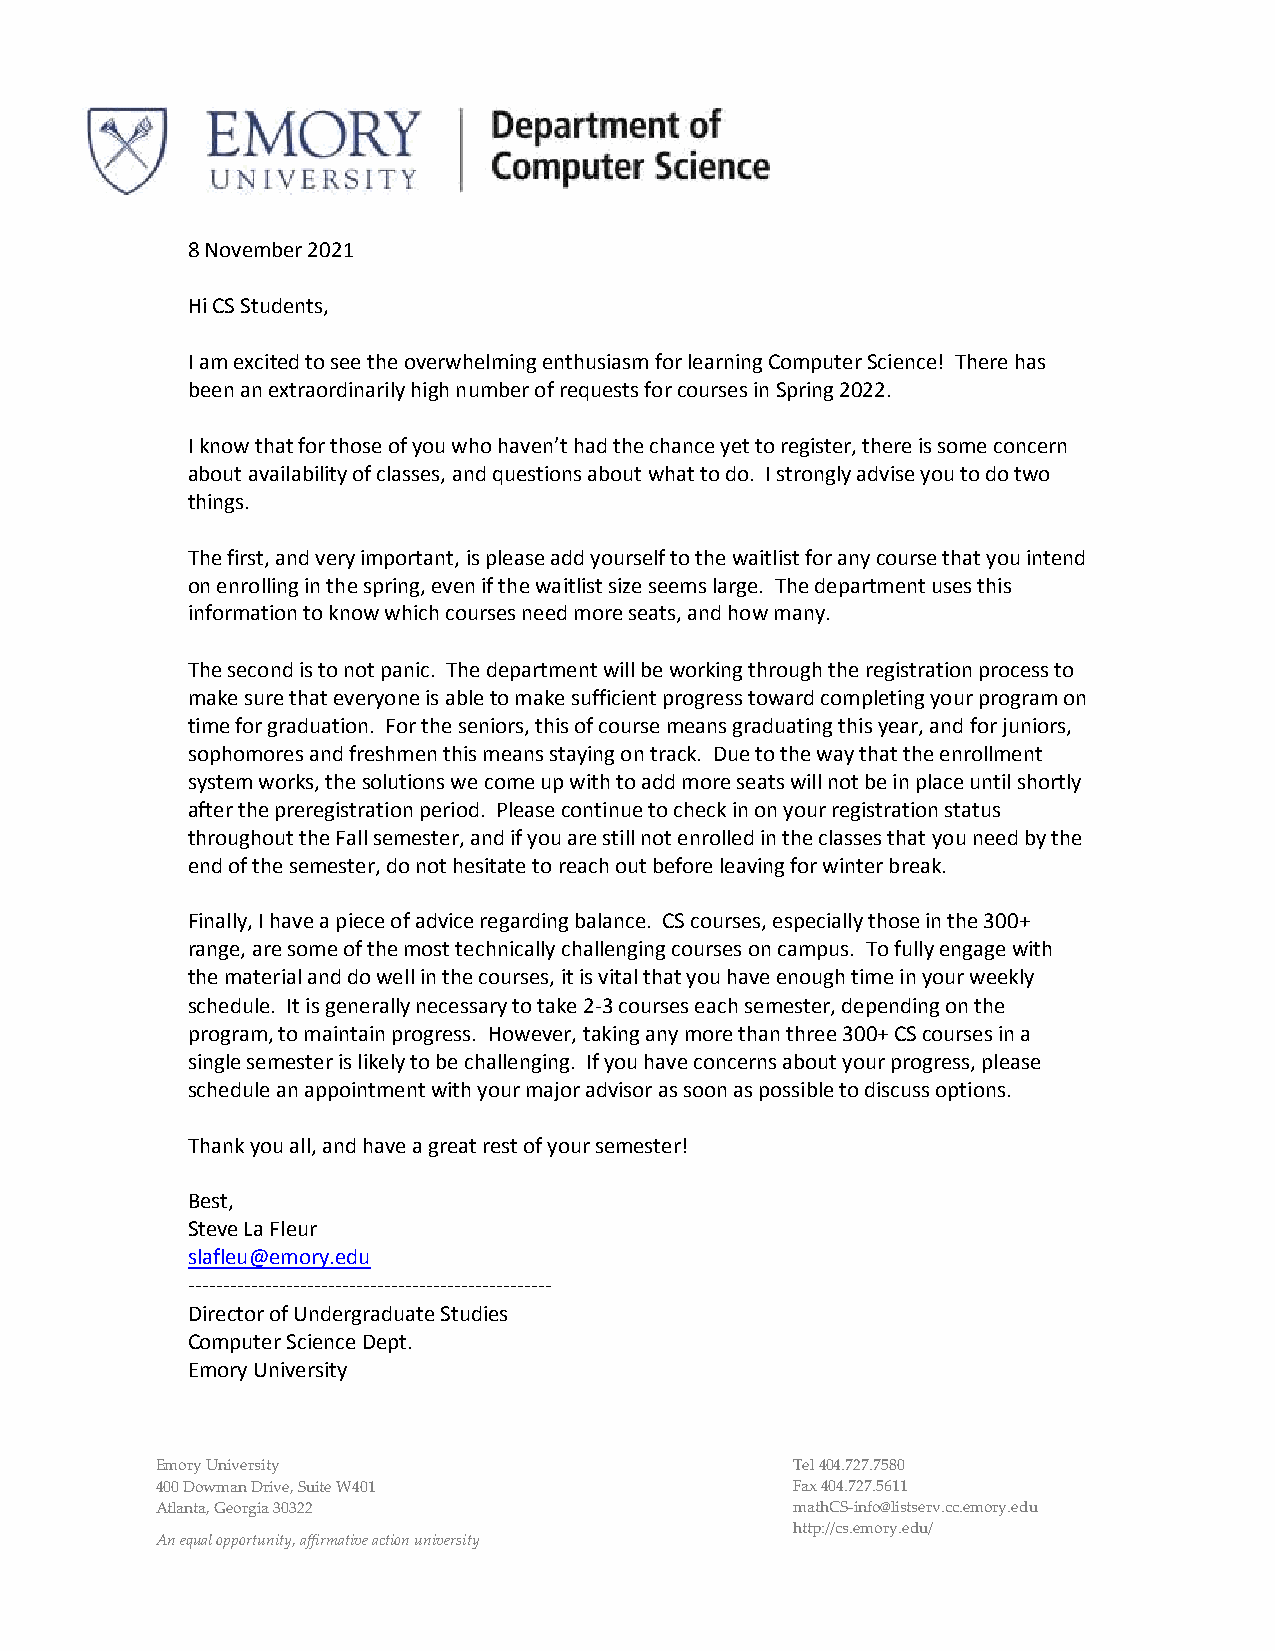
8 November 2021
 Hi CS Students,
 I am excited to see the overwhelming enthusiasm for learning Computer Science! There has
 been an extraordinarily high number of requests for courses in Spring 2022.
 I know that for those of you who haven’t had the chance yet to register, there is some concern
 about availability of classes, and questions about what to do. I strongly advise you to do two
 things.
 The first, and very important, is please add yourself to the waitlist for any course that you intend
 on enrolling in the spring, even if the waitlist size seems large. The department uses this
 information to know which courses need more seats, and how many.
 The second is to not panic. The department will be working through the registration process to
 make sure that everyone is able to make sufficient progress toward completing your program on
 time for graduation. For the seniors, this of course means graduating this year, and for juniors,
 sophomores and freshmen this means staying on track. Due to the way that the enrollment
 system works, the solutions we come up with to add more seats will not be in place until shortly
 after the preregistration period. Please continue to check in on your registration status
 throughout the Fall semester, and if you are still not enrolled in the classes that you need by the
 end of the semester, do not hesitate to reach out before leaving for winter break.
 Finally, I have a piece of advice regarding balance. CS courses, especially those in the 300+
 range, are some of the most technically challenging courses on campus. To fully engage with
 the material and do well in the courses, it is vital that you have enough time in your weekly
 schedule. It is generally necessary to take 2-3 courses each semester, depending on the
 program, to maintain progress. However, taking any more than three 300+ CS courses in a
 single semester is likely to be challenging. If you have concerns about your progress, please
 schedule an appointment with your major advisor as soon as possible to discuss options.
 Thank you all, and have a great rest of your semester!
 Best,
 Steve La Fleur
 slafleu@emory.edu
 ----------------------------------------------------
 Director of Undergraduate Studies
 Computer Science Dept.
 Emory University
 Emory University                           Tel 404.727.7580
 400 Dowman Drive, Suite W401               Fax 404.727.5611
 Atlanta, Georgia 30322                     mathCS-info@listserv.cc.emory.edu
 http://cs.emory.edu/
 An equal opportunity, affirmative action university